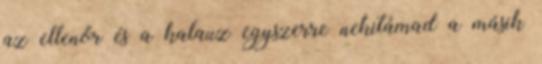
az ellenőr és a kalauz egyszerre nekitámad a másik